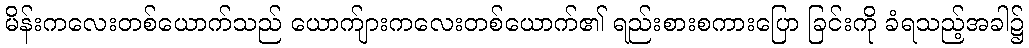
မိန်းကလေးတစ်ယောက်သည် ယောက်ျားကလေးတစ်ယောက်၏ ရည်းစားစကားပြော ခြင်းကို ခံရသည့်အခါ၌